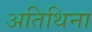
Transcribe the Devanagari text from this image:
अतिथिना